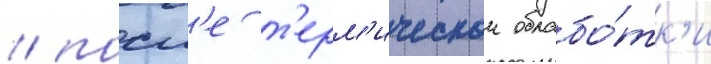
/ посл'е т'ерм'ическои обрабо́тк'и